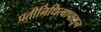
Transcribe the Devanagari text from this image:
प्रतीनिधित्वापासून